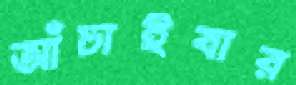
আঁচাইবার